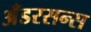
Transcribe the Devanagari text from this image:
अँडरसन्स